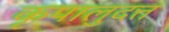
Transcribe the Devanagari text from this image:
कृपालुदत्त